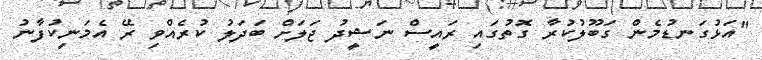
"އަޅުގަނޑުމެން ގަބޫލުކުރާ ގޮތުގައި ރައީސް ނަޝީދު ޖަލަށް ބަދަލު ކުރެއްވި ރޭ އެމަނިކުފާނު